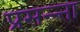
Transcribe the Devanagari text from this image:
प्रसन्न्ता